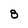
Character: 8